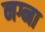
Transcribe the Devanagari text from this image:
नग्ना